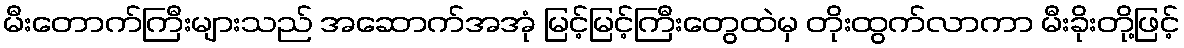
မီးတောက်ကြီးများသည် အဆောက်အအုံ မြင့်မြင့်ကြီးတွေထဲမှ တိုးထွက်လာကာ မီးခိုးတို့ဖြင့်